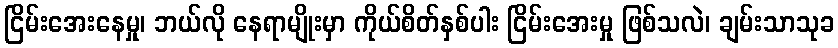
ငြိမ်းအေးနေမှု၊ ဘယ်လို နေရာမျိုးမှာ ကိုယ်စိတ်နှစ်ပါး ငြိမ်းအေးမှု ဖြစ်သလဲ၊ ချမ်းသာသုခ